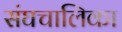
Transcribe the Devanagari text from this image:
संघचालिका